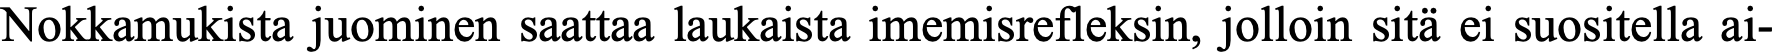
Nokkamukista juominen saattaa laukaista imemisrefleksin, jolloin sitä ei suositella ai-